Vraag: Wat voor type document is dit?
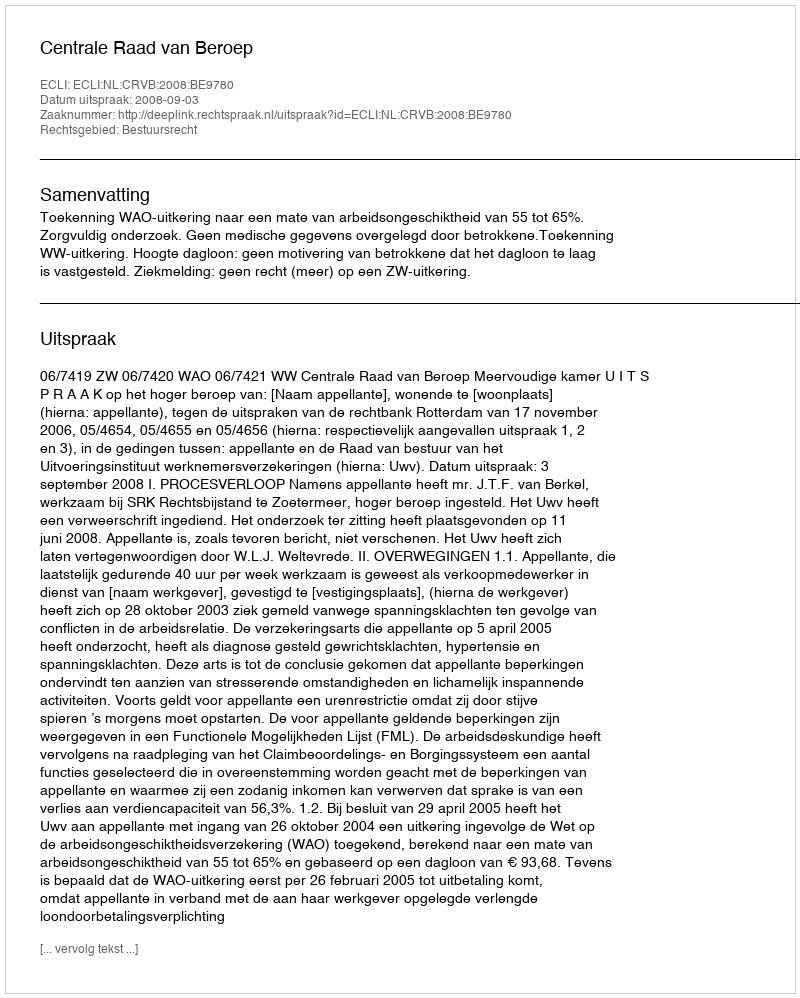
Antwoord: Uitspraak